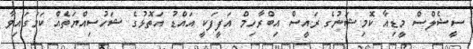
ސީޝެލްސް މީޑިއާ ކޮމިޝަނުގެ ރައީސް އިބްރާހިމް އަފީފަކީ އައްޑު އަތޮޅުގެ ޝަހުސިއްޔަތެއް ކަމުގައިވާ